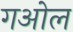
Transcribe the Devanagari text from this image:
गओल